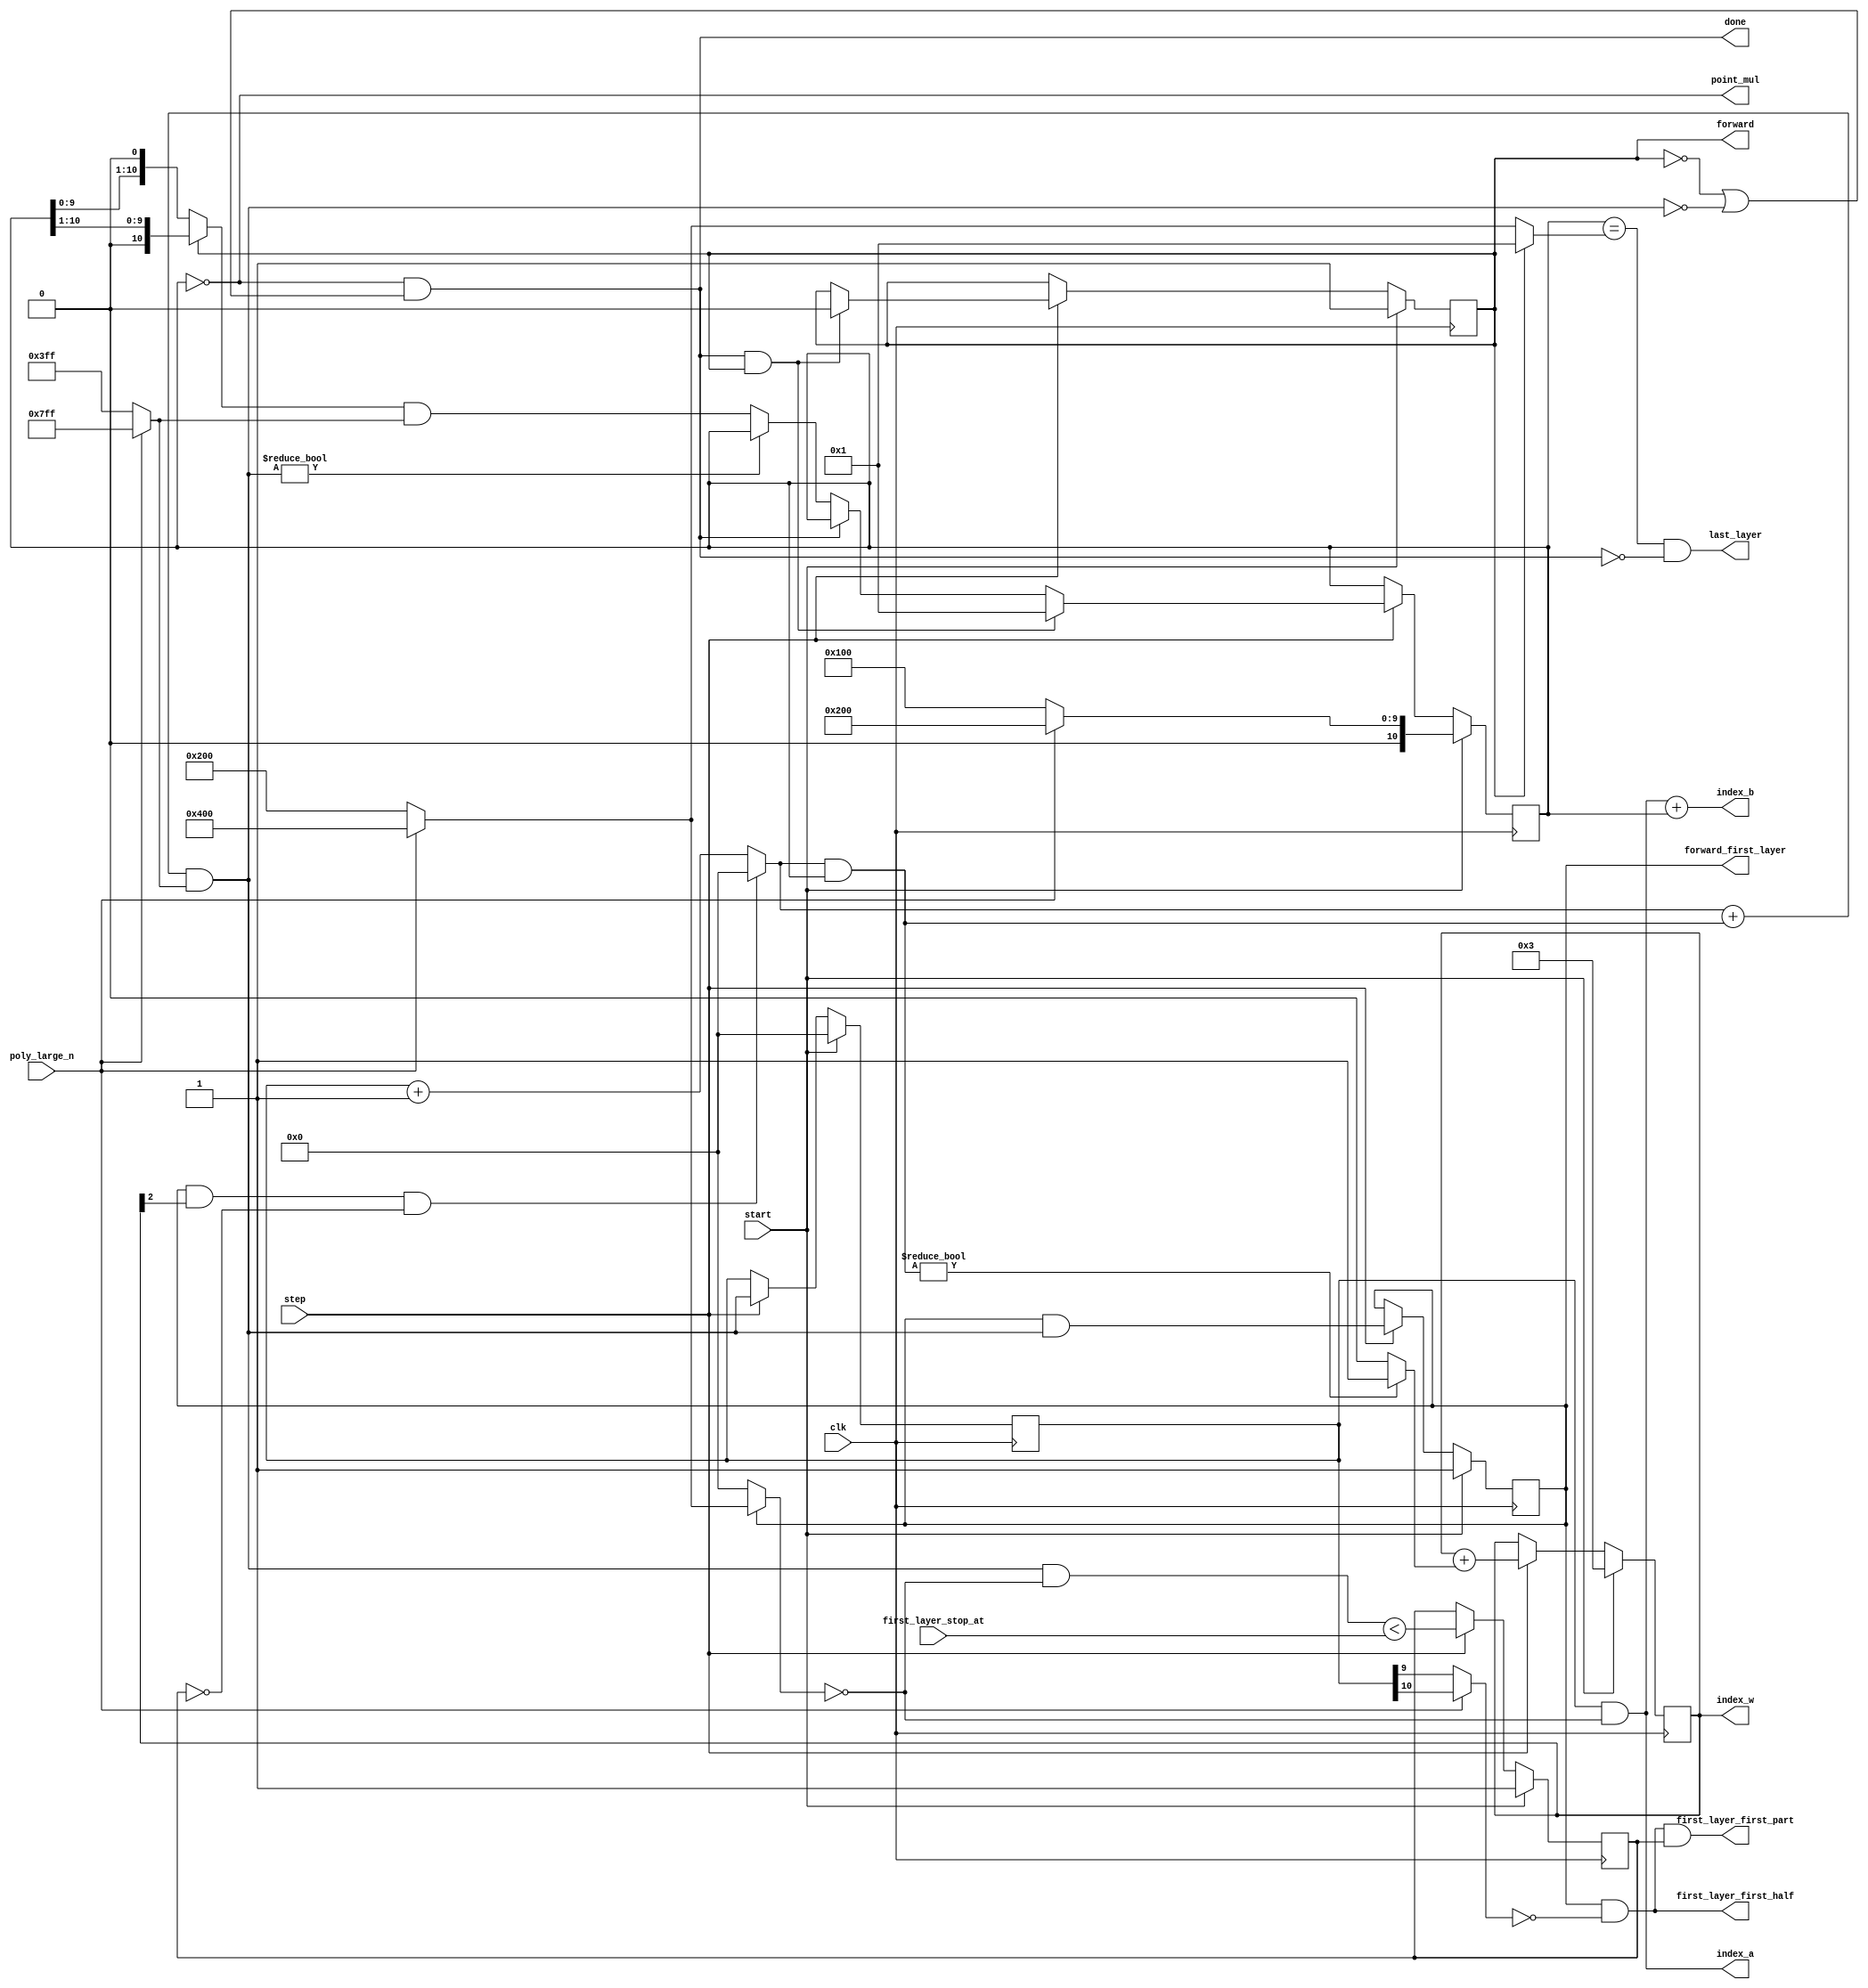
`timescale 1ns / 1ps
//////////////////////////////////////////////////////////////////////////////////
// Company: 
// Engineer: 
// 
// Design Name: 
// Module Name: ntt_control
// Project Name: 
// Target Devices: 
// Tool Versions: 
// Description: 
// 
// Dependencies: 
// 
// Revision:
// Revision 0.01 - File Created
// Additional Comments:
// 
//////////////////////////////////////////////////////////////////////////////////


module ntt_control(
        input  wire        clk,
        input  wire        step,
        input  wire        start,
        input  wire        poly_large_n, // activate 11th bit, difference between size 1024 and size 2048 NTT
        output reg         forward, // combined control logic: true for CT butterfly, false for GS.
        output reg         forward_first_layer,
        output wire        first_layer_first_half,
        output wire        first_layer_first_part,
        input  wire  [8:0] first_layer_stop_at, // for early stop during first layer on forward operation
        output wire        last_layer,
        output wire        point_mul,
        output wire [10:0] index_a,
        output wire [10:0] index_b,
        output wire [10:0] index_w,
        output wire        done
    );
    
    reg  [10:0] counterT;
    reg  [10:0] counterJ;
    reg  [10:0] counterW;
    reg         first_part;
    wire        first_layer_skip_reached = forward_first_layer && counterW[2] && !first_part;
    wire [10:0] counterJIncr = first_layer_skip_reached ? 11'd0 : counterJ + 1;
    wire [10:0] counterJNext = (counterJIncr + (counterJIncr & counterT)) & (poly_large_n ? 11'd2047 : 11'd1023);
    assign      point_mul = counterT == 11'd0;

    always @(posedge clk) begin
        if (start) begin
            forward <= 1'b1;
            counterJ <= 11'b0;
            counterT <= poly_large_n ? 11'd512 : 11'd256; // skip the first layer during forward operation
            counterW <= 11'd3; // skip first two layers during forward operation, they are addressed externally
            forward_first_layer <= 1'b1;
            first_part <= 1'b1;
        end else if (step) begin
            if (done && forward) begin
                counterT <= 11'b1;
                forward <= 1'b0;
            end else if (!done)
                counterT <= counterJNext ? counterT : ((forward ? counterT >> 1 : counterT << 1) & (poly_large_n ? 11'd2047 : 11'd1023));

            forward_first_layer <= forward_first_layer && counterJNext;
            counterJ <= counterJNext;
            counterW <= counterW + (counterJIncr & counterT ? 11'd1 : 11'd0);
            first_part <= (counterJNext & ~(forward_first_layer ? (poly_large_n ? 11'd1024 : 11'd512) : 11'd0)) < first_layer_stop_at;
        end 
    end
    
    // on forward pass, do one extra counting iteration over the whole list for pointmul
    assign done = point_mul && (!forward || !counterJNext);
    assign last_layer = (counterT == (forward ? 11'd1 : (poly_large_n ? 11'd1024 : 11'd512))) && !done;
    wire [10:0] counterJ_corrected = counterJ & ~(forward_first_layer ? (poly_large_n ? 11'd1024 : 11'd512) : 11'd0);
    assign first_layer_first_half = forward_first_layer && !(poly_large_n ? counterJ[10] : counterJ[9]);
    assign first_layer_first_part = first_layer_first_half && first_part;
    assign index_a = counterJ_corrected;
    assign index_b = counterJ_corrected + counterT;
    assign index_w = counterW;
    
endmodule